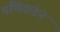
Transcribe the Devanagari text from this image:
मणिकंडन